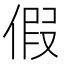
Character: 假